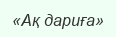
«Ақ дариға»